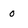
Character: 0